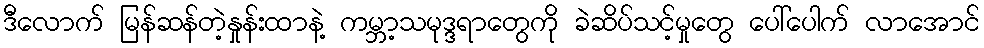
ဒီလောက် မြန်ဆန်တဲ့နှုန်းထာနဲ့ ကမ္ဘာ့သမုဒ္ဒရာတွေကို ခဲဆိပ်သင့်မှုတွေ ပေါ်ပေါက် လာအောင်